Indian journal of veterinary science and animal husbandry - Volume 2,
Year: 1932
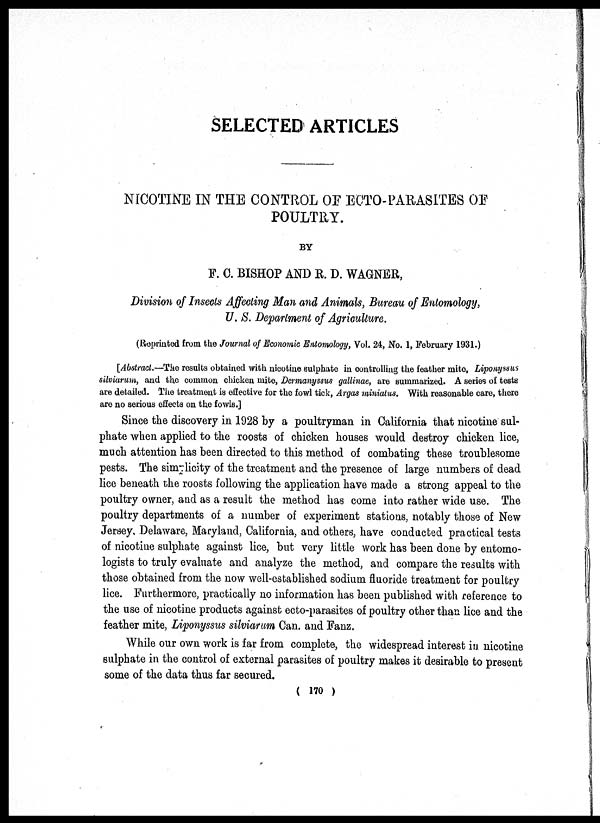
SELECTED ARTICLES
NICOTINE IN THE CONTROL OF ECTO-PARASITES OF
POULTRY.
BY
F.C. BISHOP AND R. D. WAGNER,
Division of Insects Affecting Man and Animals, Bureau of Entomology,
U. S. Department of Agriculture.
(Reprinted from the Journal of Economic Entomohgy, Vol. 24, No. 1, February 1931.)
[Abstract.—The results obtained with nicotine sulphate in controlling the feather mite, Liponyssus
silviarum, and the common chicken mite, Dermanyssus gallinac, are summarized. A series of tests
are detailed. The treatment is effective for the fowl tick, Argas miniatus. With reasonable care, there
are no serious effects on the fowls.]
Since the discovery in 1928 by a poultryman in California that nicotine sul-
phate when applied to the roosts of chicken houses would destroy chicken lice,
much attention has been directed to this method of combating these troublesome
pests. The simplicity of the treatment and the presence of large numbers of dead
lice beneath the roosts following the application have made a strong appeal to the
poultry owner, and as a result the method has come into rather wide use. The
poultry departments of a number of experiment stations, notably those of New
Jersey, Delaware, Maryland, California, and others, have conducted practical tests
of nicotine sulphate against lice, but very little work has been done by entomo-
logists to truly evaluate and analyze the method, and compare the results with
those obtained from the now well-established sodium fluoride treatment for poultry
lice. Furthermore, practically no information has been published with reference to
the use of nicotine products against ecto-parasites of poultry other than lice and the
feather mite, Liponyssus silviarum Can. and Fanz.
While our own work is far from complete, the widespread interest in nicotine
sulphate in the control of external parasites of poultry makes it desirable to present
some of the data thus far secured.
( 170 )